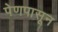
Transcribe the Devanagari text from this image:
पेणपासून